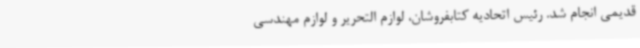
قدیمی انجام شد. رئیس اتحادیه کتابفروشان، لوازم التحریر و لوازم مهندسی